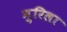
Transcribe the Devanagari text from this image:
मुरिला